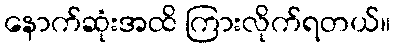
နောက်ဆုံးအထိ ကြားလိုက်ရတယ်။